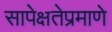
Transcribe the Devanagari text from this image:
सापेक्षतेप्रमाणे